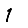
Digit: 1